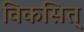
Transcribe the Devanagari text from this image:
विकसित्